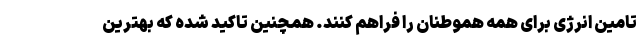
تامین انرژی برای همه هموطنان را فراهم کنند. همچنین تاکید شده که بهترین